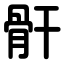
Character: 骭